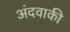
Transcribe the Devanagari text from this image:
अंदवाकी